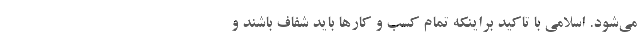
می‌شود. اسلامی با تاکید براینکه تمام کسب و کارها باید شفاف باشند و